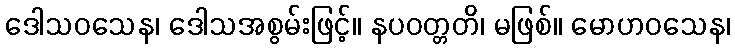
ဒေါသဝသေန၊ ဒေါသအစွမ်းဖြင့်။ နပဝတ္တတိ၊ မဖြစ်။ မောဟဝသေန၊